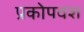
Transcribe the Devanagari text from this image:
प्रकोपवश